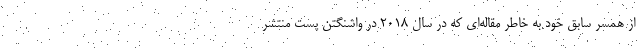
از همسر سابق خود به خاطر مقاله‌ای که در سال ۲۰۱۸ در واشنگتن پست منتشر